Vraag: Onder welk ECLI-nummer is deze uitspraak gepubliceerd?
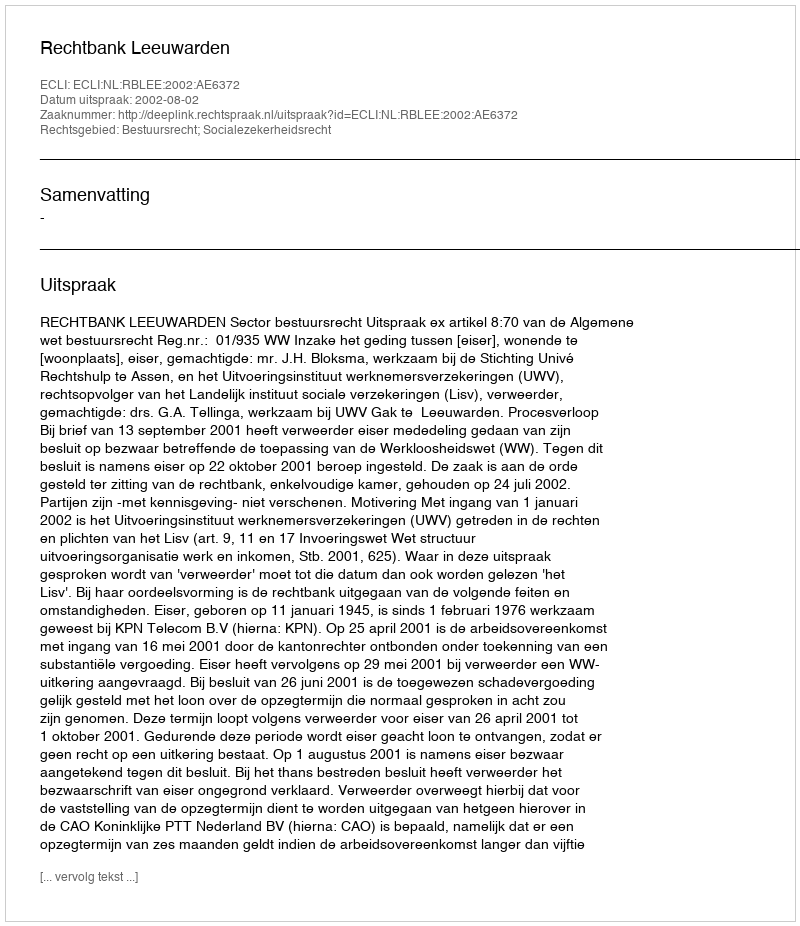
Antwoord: ECLI:NL:RBLEE:2002:AE6372